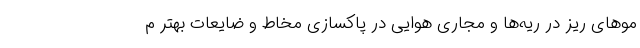
موهای ریز در ریه‌ها و مجاری هوایی در پاکسازی مخاط و ضایعات بهتر م